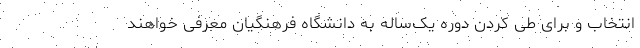
انتخاب و برای طی کردن دوره یک‌ساله به دانشگاه فرهنگیان معرفی خواهند